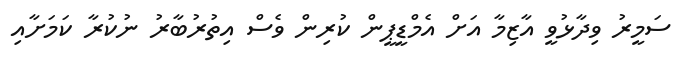
ސަމީރު ވިދާޅުވީ އާޒިމާ އަށް އެމްޑީޕީން ކުރިން ވެސް އިތުރުބާރު ނުކުރާ ކަމަށާއި